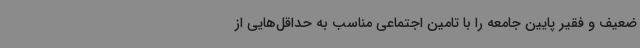
ضعیف ‌و فقیر پایین جامعه را با تامین اجتماعی مناسب به حداقل‌هایی از